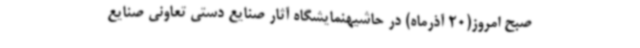
صبح امروز(20 آذرماه) در حاشیهنمایشگاه آثار صنایع دستی تعاونی صنایع